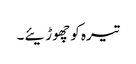
تیرہ کو چھوڑیئے۔